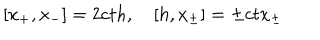
[ x _ { + } , x _ { - } ] = 2 c t h , \quad [ h , x _ { \pm } ] = \pm c t x _ { \pm }